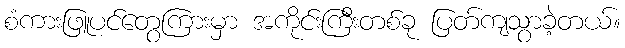
စံကားဖြူပင်တွေကြားမှာ အကိုင်းကြီးတစ်ခု ပြတ်ကျသွာခဲ့တယ်။